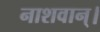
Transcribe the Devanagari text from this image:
नाशवान्।